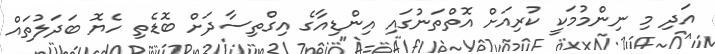
އަދި މި ނިންމުމަކީ ކުރިއަށް އޮތްތަނުގައި އިންޑިއާގެ އިގްތިސާދަށް ބޮޑެތި ހެޔޮ ބަދަލުތައް